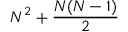
N ^ { 2 } + \frac { N ( N - 1 ) } { 2 }